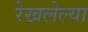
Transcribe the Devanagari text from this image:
रेखलेल्या